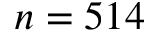
n = 5 1 4